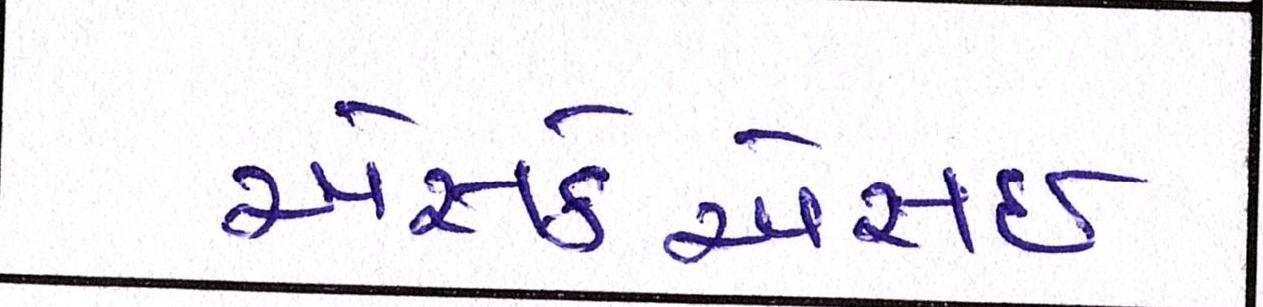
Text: એસકેએસઈ